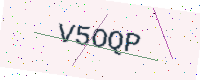
Text: V5OQP